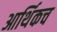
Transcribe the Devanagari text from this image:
आर्थिकच